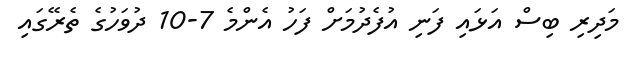
މަދިރި ބިސް އަޅައި ފަނި އުފެދުމަށް ފަހު އެންމެ 7-10 ދުވަހުގެ ތެރޭގައި